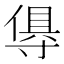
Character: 𭔺